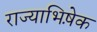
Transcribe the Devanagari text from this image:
राज्याभिषे़क